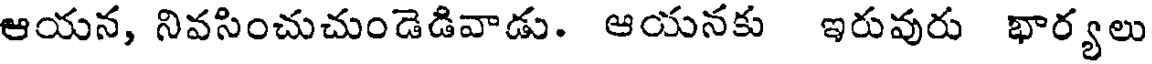
ఆయన, నివసించుచుండెడివాడు. ఆయనకు ఇరువురు భార్యలు